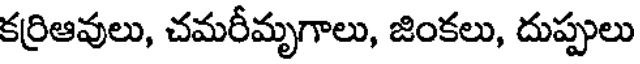
కర్రిఆవులు, చమరీమృగాలు, జింకలు, దుప్పులు